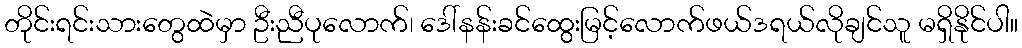
တိုင်းရင်းသားတွေထဲမှာ ဦးညီပုလောက်၊ ဒေါ်နန်းခင်ထွေးမြင့်လောက်ဖယ်ဒရယ်လိုချင်သူ မရှိနိုင်ပါ။